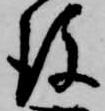
後